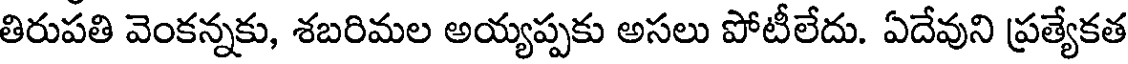
తిరుపతి వెంకన్నకు, శబరిమల అయ్యప్పకు అసలు పోటీలేదు. ఏదేవుని ప్రత్యేకత